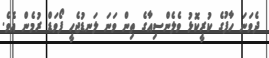
ދެވަނަ ހާފުގެ ކުރީކޮޅު ވެލެންސިއާގެ ތިން ވަނަ ލަނޑުޖެހީ ފޯވަޑް ރުމެން އެވެ.